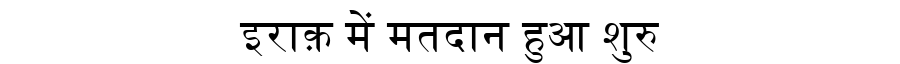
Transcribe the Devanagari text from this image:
इराक़ में मतदान हुआ शुरु